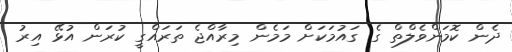
ދެން ކޮމަންވެލްތް ގެ ގައުމަކަށް މަމެން މިރާއްޖެ ތަރައްގީ ކުރަން އުޅޭ އިރު